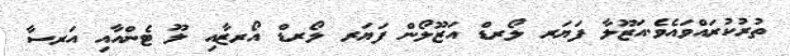
ތުރުކުރައްވައެވެ.އަޒޫލާ ފަޔަރ ލޯރޑް އަޒޫލޯން ފަޔަރ ލޯރޑް އޯރޒާއި ލޫ ޓެންއާއި އަރސާ